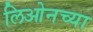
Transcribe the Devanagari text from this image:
लिओनच्या